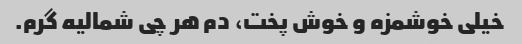
خیلی خوشمزه و خوش پخت، دم هر چی شمالیه گرم.